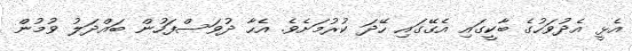
އެޅީ އެދުވަހުގެ ބާކީގައި އެގޭގައި ހޭދަ ކުރުމަށެވެ. އެހާ ދުވަސްފަހުން ބައްދަލު ވުމުން